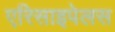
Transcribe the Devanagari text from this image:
एरिसाइपेलस